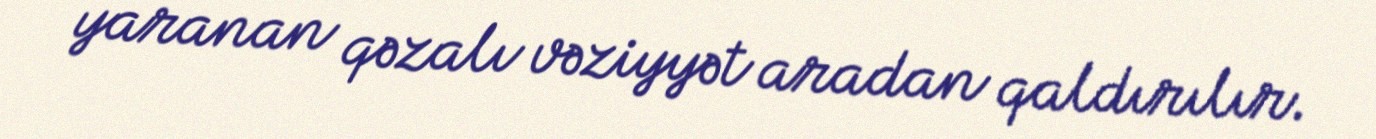
yaranan qəzalı vəziyyət aradan qaldırılır.